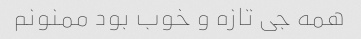
همه جی تازه و خوب بود ممنونم